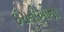
ઈરાનીઓના